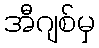
အီဂျစ်မှ